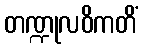
တဏ္ဍုလဝိကတိံ